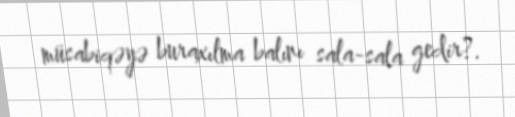
müsabiqəyə buraxılma balını sala-sala gedir?.